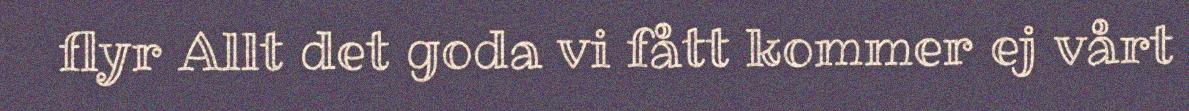
flyr Allt det goda vi fått kommer ej vårt